Insane asylums Bombay 1873-77 - 1873-1877
Year: 1873
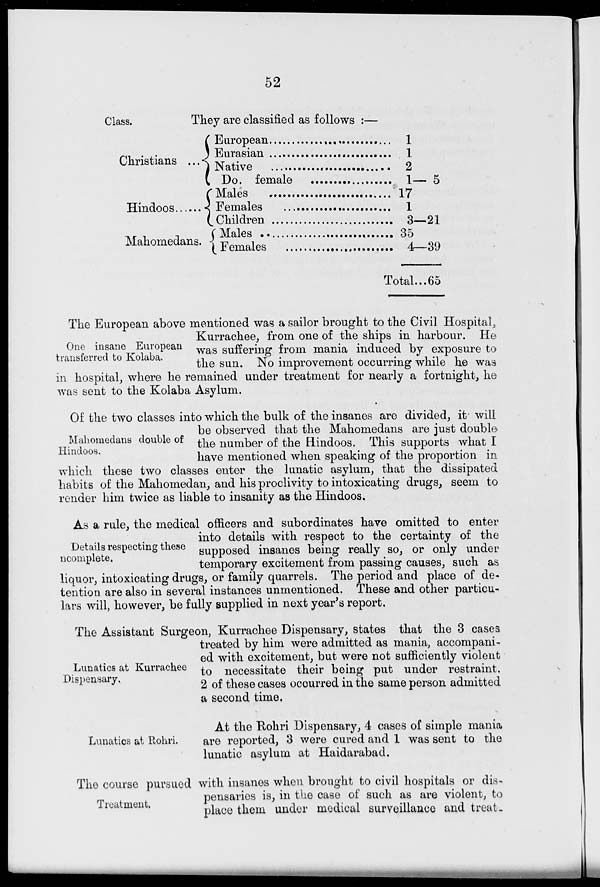
52
Class.
They are classified as follows :—
Christians ...
Hindoos ......
Mahomedans.
European ....................
Eurasian ....................
Native ....................
Do. female ....................
Males ....................
Females ....................
Children ....................
Males ....................
Females ....................
1
1
2
1— 5
17
1
3—21
35
4—39
Total ... 65
One insane European
transferred to Kolaba.
The European above mentioned was a sailor brought to the Civil Hospital,
Kurrachee, from one of the ships in harbour. He
was suffering from mania induced by exposure to
the sun. No improvement occurring while he was
in hospital, where he remained under treatment for nearly a fortnight, he
was sent to the Kolaba Asylum.
Mahomedans double of
Hindoos.
Of the two classes into which the bulk of the insanes are divided, it will
be observed that the Mahomedans are just double
the number of the Hindoos. This supports what I
have mentioned when speaking of the proportion in
which these two classes enter the lunatic asylum, that the dissipated
habits of the Mahomedan, and his proclivity to intoxicating drugs, seem to
render him twice as liable to insanity as the Hindoos.
Details respecting these
incomplete.
As a rule, the medical officers and subordinates have omitted to enter
into details with respect to the certainty of the
supposed insanes being really so, or only under
temporary excitement from passing causes, such as
liquor, intoxicating drugs, or family quarrels. The period and place of de-
tention are also in several instances unmentioned. These and other particu-
lars will, however, be fully supplied in next year's report.
Lunatics at Kurrachee
Dispensary.
The Assistant Surgeon, Kurrachee Dispensary, states that the 3 cases
treated by him were admitted as mania, accompani-
ed with excitement, but were not sufficiently violent
to necessitate their being put under restraint.
2 of these cases occurred in the same person admitted
a second time.
Lunatics at Rohri.
At the Rohri Dispensary, 4 cases of simple mania
are reported, 3 were cured and 1 was sent to the
lunatic asylum at Haidarabad.
Treatment.
The course pursued with insanes when brought to civil hospitals or dis-
pensaries is, in the case of such as are violent, to
place them under medical surveillance and treat-